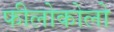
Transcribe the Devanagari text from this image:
फीलोकोलो